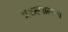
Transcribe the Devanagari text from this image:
प्रकल्पालाच